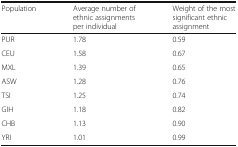
<table><thead><tr><td><b>Population</b></td><td><b>Average number of ethnic assignments per individual</b></td><td><b>Weight of the most significant ethnic assignment</b></td></tr></thead><tbody><tr><td>PUR</td><td>1.78</td><td>0.59</td></tr><tr><td>CEU</td><td>1.58</td><td>0.67</td></tr><tr><td>MXL</td><td>1.39</td><td>0.65</td></tr><tr><td>ASW</td><td>1.28</td><td>0.76</td></tr><tr><td>TSI</td><td>1.25</td><td>0.74</td></tr><tr><td>GIH</td><td>1.18</td><td>0.82</td></tr><tr><td>CHB</td><td>1.13</td><td>0.90</td></tr><tr><td>YRI</td><td>1.01</td><td>0.99</td></tr></tbody></table>